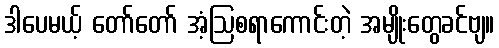
ဒါပေမယ့် တော်တော် အံ့ဩစရာကောင်းတဲ့ အမျိုးတွေခင်ဗျ။